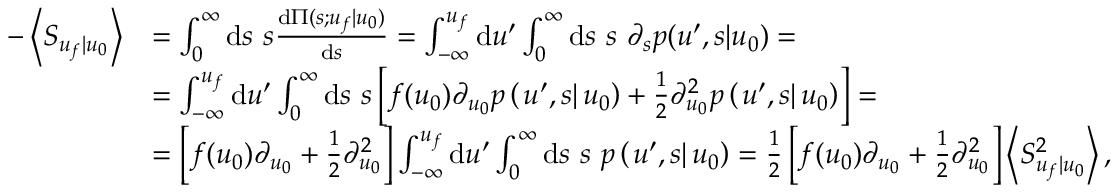
\begin{array} { r l } { - \left\langle S _ { u _ { f } | u _ { 0 } } \right\rangle } & { = \int _ { 0 } ^ { \infty } \mathrm { d } s \ s \frac { \mathrm { d } \Pi ( s ; u _ { f } | u _ { 0 } ) } { \mathrm { d } s } = \int _ { - \infty } ^ { u _ { f } } \mathrm { d } u ^ { \prime } \int _ { 0 } ^ { \infty } \mathrm { d } s \ s \ \partial _ { s } p ( u ^ { \prime } , s | u _ { 0 } ) = } \\ & { = \int _ { - \infty } ^ { u _ { f } } \mathrm { d } u ^ { \prime } \int _ { 0 } ^ { \infty } \mathrm { d } s \ s \left[ f ( u _ { 0 } ) \partial _ { u _ { 0 } } p \left( \left. u ^ { \prime } , s \right| u _ { 0 } \right) + \frac { 1 } { 2 } \partial _ { u _ { 0 } } ^ { 2 } p \left( \left. u ^ { \prime } , s \right| u _ { 0 } \right) \right] = } \\ & { = \left[ f ( u _ { 0 } ) \partial _ { u _ { 0 } } + \frac { 1 } { 2 } \partial _ { u _ { 0 } } ^ { 2 } \right] \int _ { - \infty } ^ { u _ { f } } \mathrm { d } u ^ { \prime } \int _ { 0 } ^ { \infty } \mathrm { d } s \ s \ p \left( \left. u ^ { \prime } , s \right| u _ { 0 } \right) = \frac { 1 } { 2 } \left[ f ( u _ { 0 } ) \partial _ { u _ { 0 } } + \frac { 1 } { 2 } \partial _ { u _ { 0 } } ^ { 2 } \right] \left\langle S _ { u _ { f } | u _ { 0 } } ^ { 2 } \right\rangle , } \end{array}